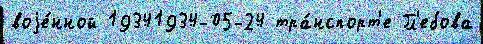
воjе́нной 19341934-05-24 тра́нспорт'е Гл'ебова